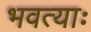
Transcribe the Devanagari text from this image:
भवत्याः